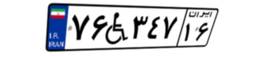
۷۶W۳۴۷۱۶